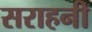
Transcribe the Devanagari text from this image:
सराहनी